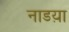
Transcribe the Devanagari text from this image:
नाडय़ा